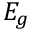
E _ { g }